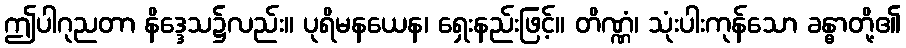
ဤပါဂုညတာ နိဒ္ဒေသ၌လည်း။ ပုရိမနယေန၊ ရှေးနည်းဖြင့်။ တိဏ္ဏံ၊ သုံးပါးကုန်သော ခန္ဓာတို့၏